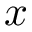
x